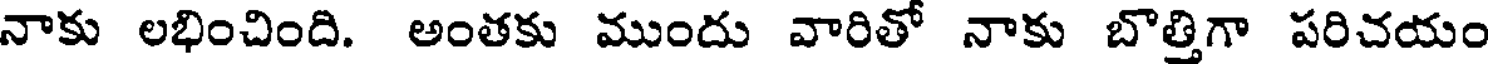
నాకు లభించింది. అంతకు ముందు వారితో నాకు బొత్తిగా పరిచయం